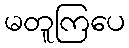
မတူကြပေ